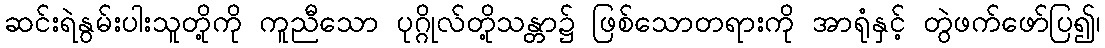
ဆင်းရဲနွမ်းပါးသူတို့ကို ကူညီသော ပုဂ္ဂိုလ်တို့သန္တာ၌ ဖြစ်သောတရားကို အာရုံနှင့် တွဲဖက်ဖော်ပြ၍၊